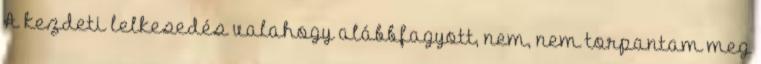
A kezdeti lelkesedés valahogy alábbfagyott, nem, nem torpantam meg